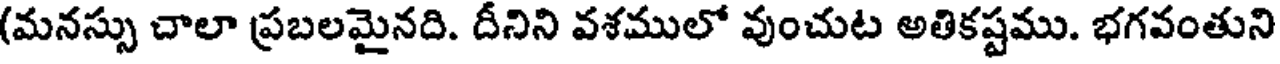
(మనస్సు చాలా ప్రబలమైనది. దీనిని వశములో వుంచుట అతికష్టము. భగవంతుని